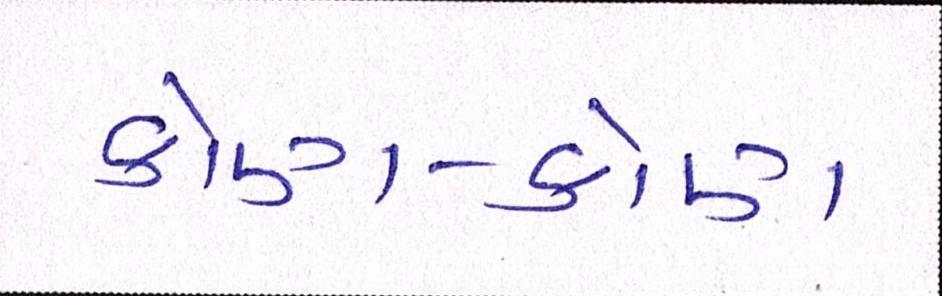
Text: કોણ-કોણ